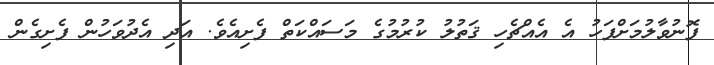
ފޮނުވާލުމަށްފަހު އެ އެއްޗެހި ޤަތުލު ކުރުމުގެ މަސައްކަތް ފެށިއެވެ. އަދި އެދުވަހުން ފެށިގެން